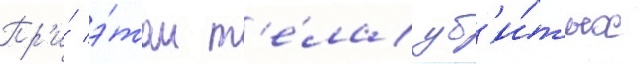
Пр'и́ э́том т'е́ла уб'и́тых